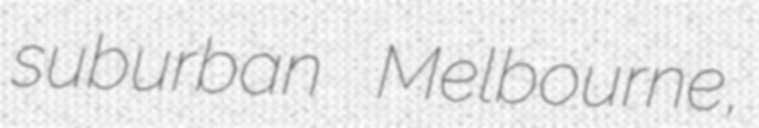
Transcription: suburban Melbourne,